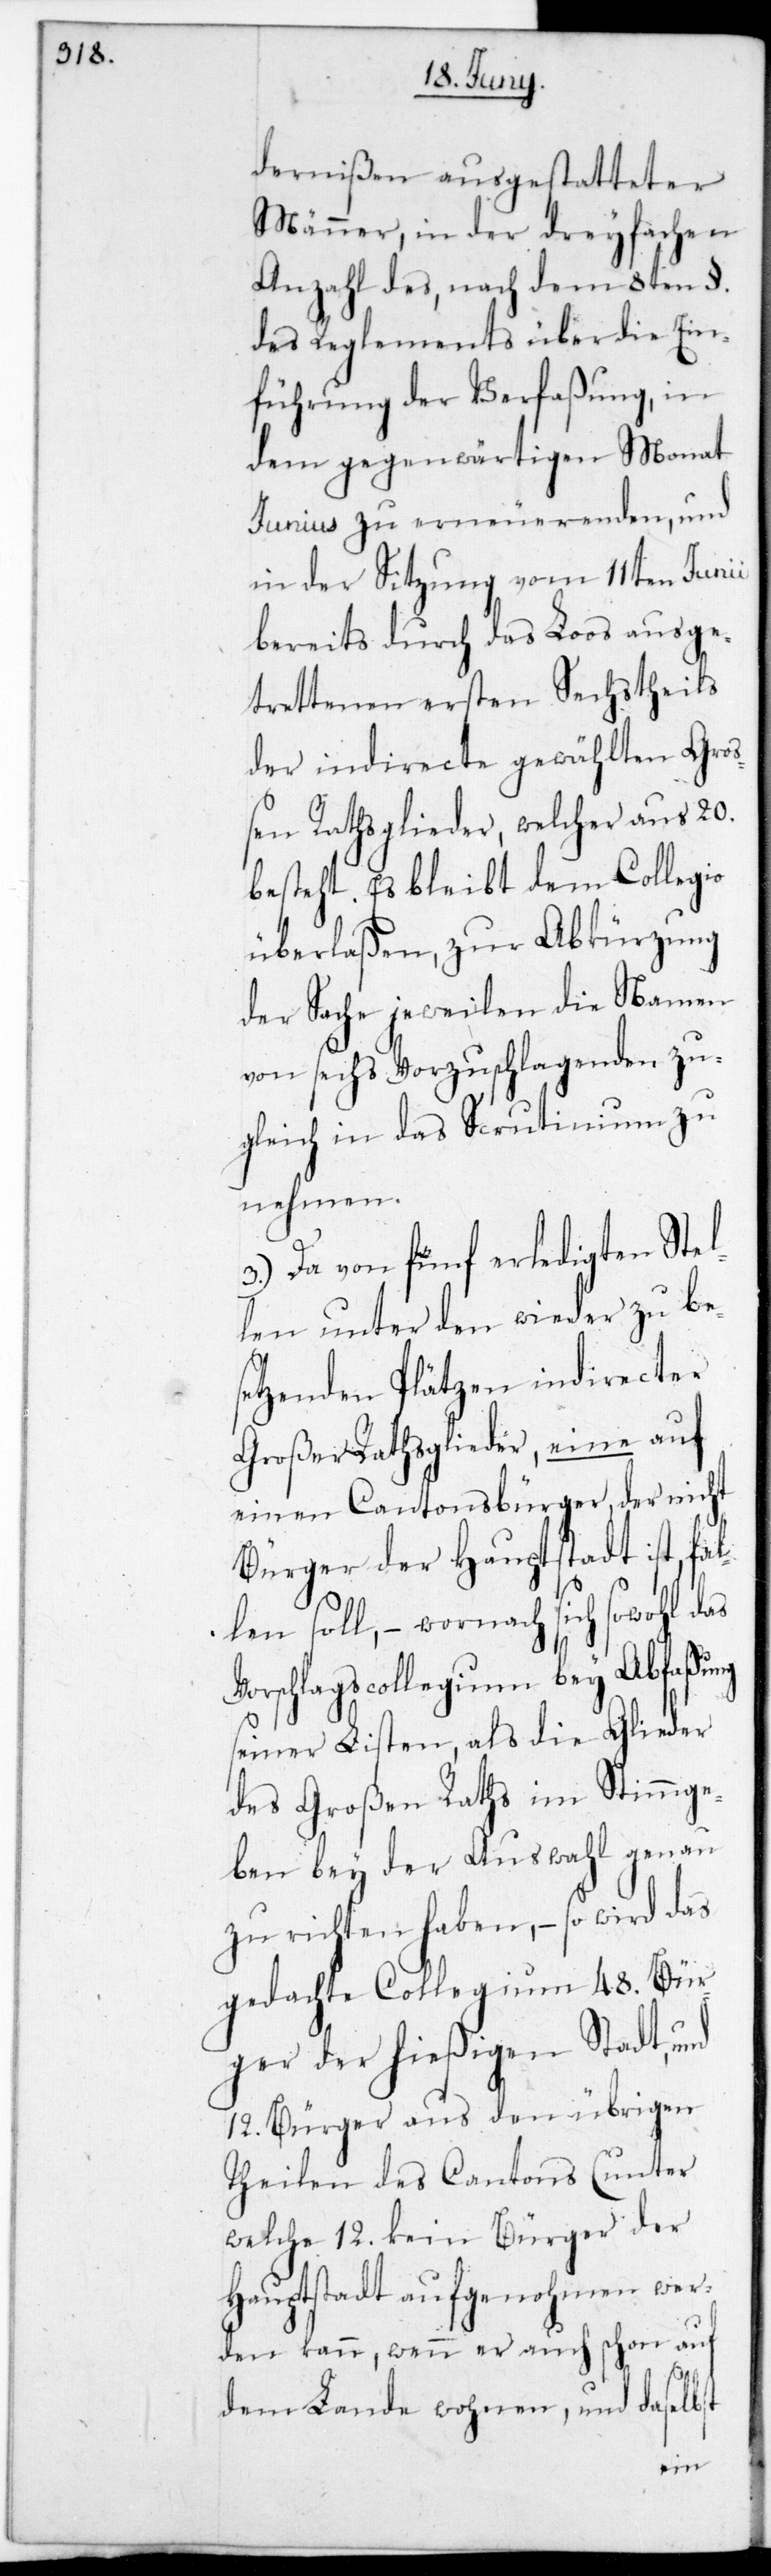
dernißen ausgestatteter
Männer, in der dreyfachen
Anzahl des, nach dem 8ten §.
des Reglements über die Ein¬
führung der Verfaßung, in
dem gegenwärtigen Monat
Junius zu erneuerenden, und
in der Sitzung vom 11ten Junii
bereits durch das Loos ausge¬
trettenen ersten Sechstheils
der indirecte gewählten Gro¬
ßen-Raths-Glieder, welcher aus 20.
besteht. Es bleibt dem Collegio
überlaßen, zur Abkürzung
der Sache jeweilen die Namen
von sechs Vorzuschlagenden zu¬
gleich in das Scrutinium zu
nehmen.
3.) Da von fünf erledigten Stel¬
len unter den wieder zu bes¬
etzenden Plätzen indirecter
Großer Rathsglieder, eine auf
einen Cantonsbürger, der nicht
Bürger der Hauptstadt ist, fal¬
len soll, – wornach sich sowohl das
Vorschlags-Collegium bey Abfaßung
seiner Listen, als die Glieder
des Großen Raths im Stimmge¬
ben bey der Auswahl genau
zu richten haben, – so wird das
gedachte Collegium 48. Bür¬
ger der hießigen Stadt, und
12. Bürger aus den übrigen
Theilen des Cantons (unter
welche 12. kein Bürger der
Hauptstadt aufgenohmen wer¬
den kann, wenn er auch schon auf
dem Lande wohnen, und daselbst